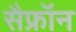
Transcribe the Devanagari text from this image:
सैफ्रॉन